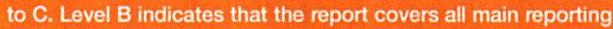
to C. Level B indicates that the report covers all main reporting